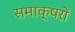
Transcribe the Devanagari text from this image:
समाक्षरों